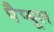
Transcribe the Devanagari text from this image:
पैप्यूल